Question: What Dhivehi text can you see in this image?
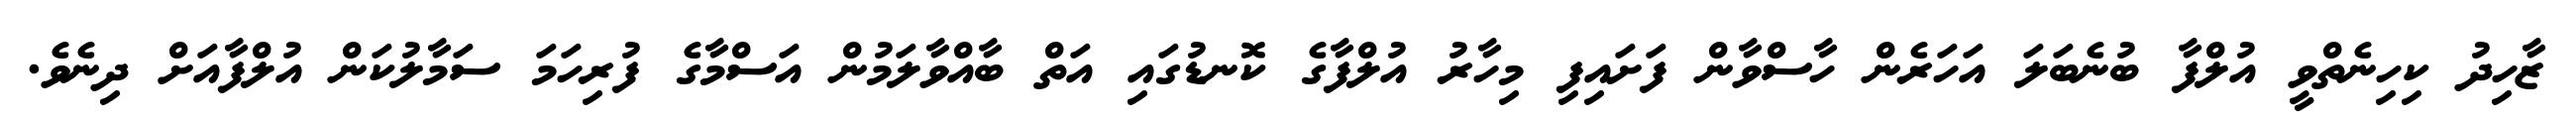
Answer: ޒާހިދު ކިހިނެތްވީ އުލްފާ ބުނެބަލަ އަހަރެން ހާސްވާން ފަށައިފި މިހާރު އުލްފާގެ ކޮނޑުގައި އަތް ބާއްވާލަމުން އަސްމާގެ ފުރިހަމަ ސަމާލުކަން އުލްފާއަށް ދިނެވެ.